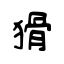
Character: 猾